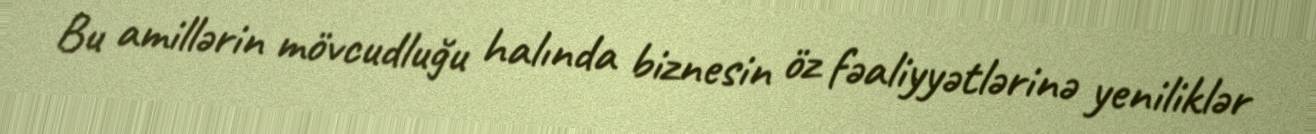
Bu amillərin mövcudluğu halında biznesin öz fəaliyyətlərinə yeniliklər